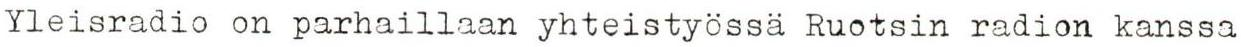
Yleisradio on parhaillaan yhteistyössä Ruotsin radion kanssa